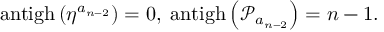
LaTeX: \mathrm { a n t i g h } \left( \eta ^ { a _ { n - 2 } } \right) = 0 , \; \mathrm { a n t i g h } \left( \mathcal { P } _ { a _ { n - 2 } } \right) = n - 1 .